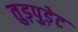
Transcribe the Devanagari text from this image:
तुड़पुड़ेट